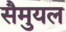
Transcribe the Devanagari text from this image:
सैमुयल